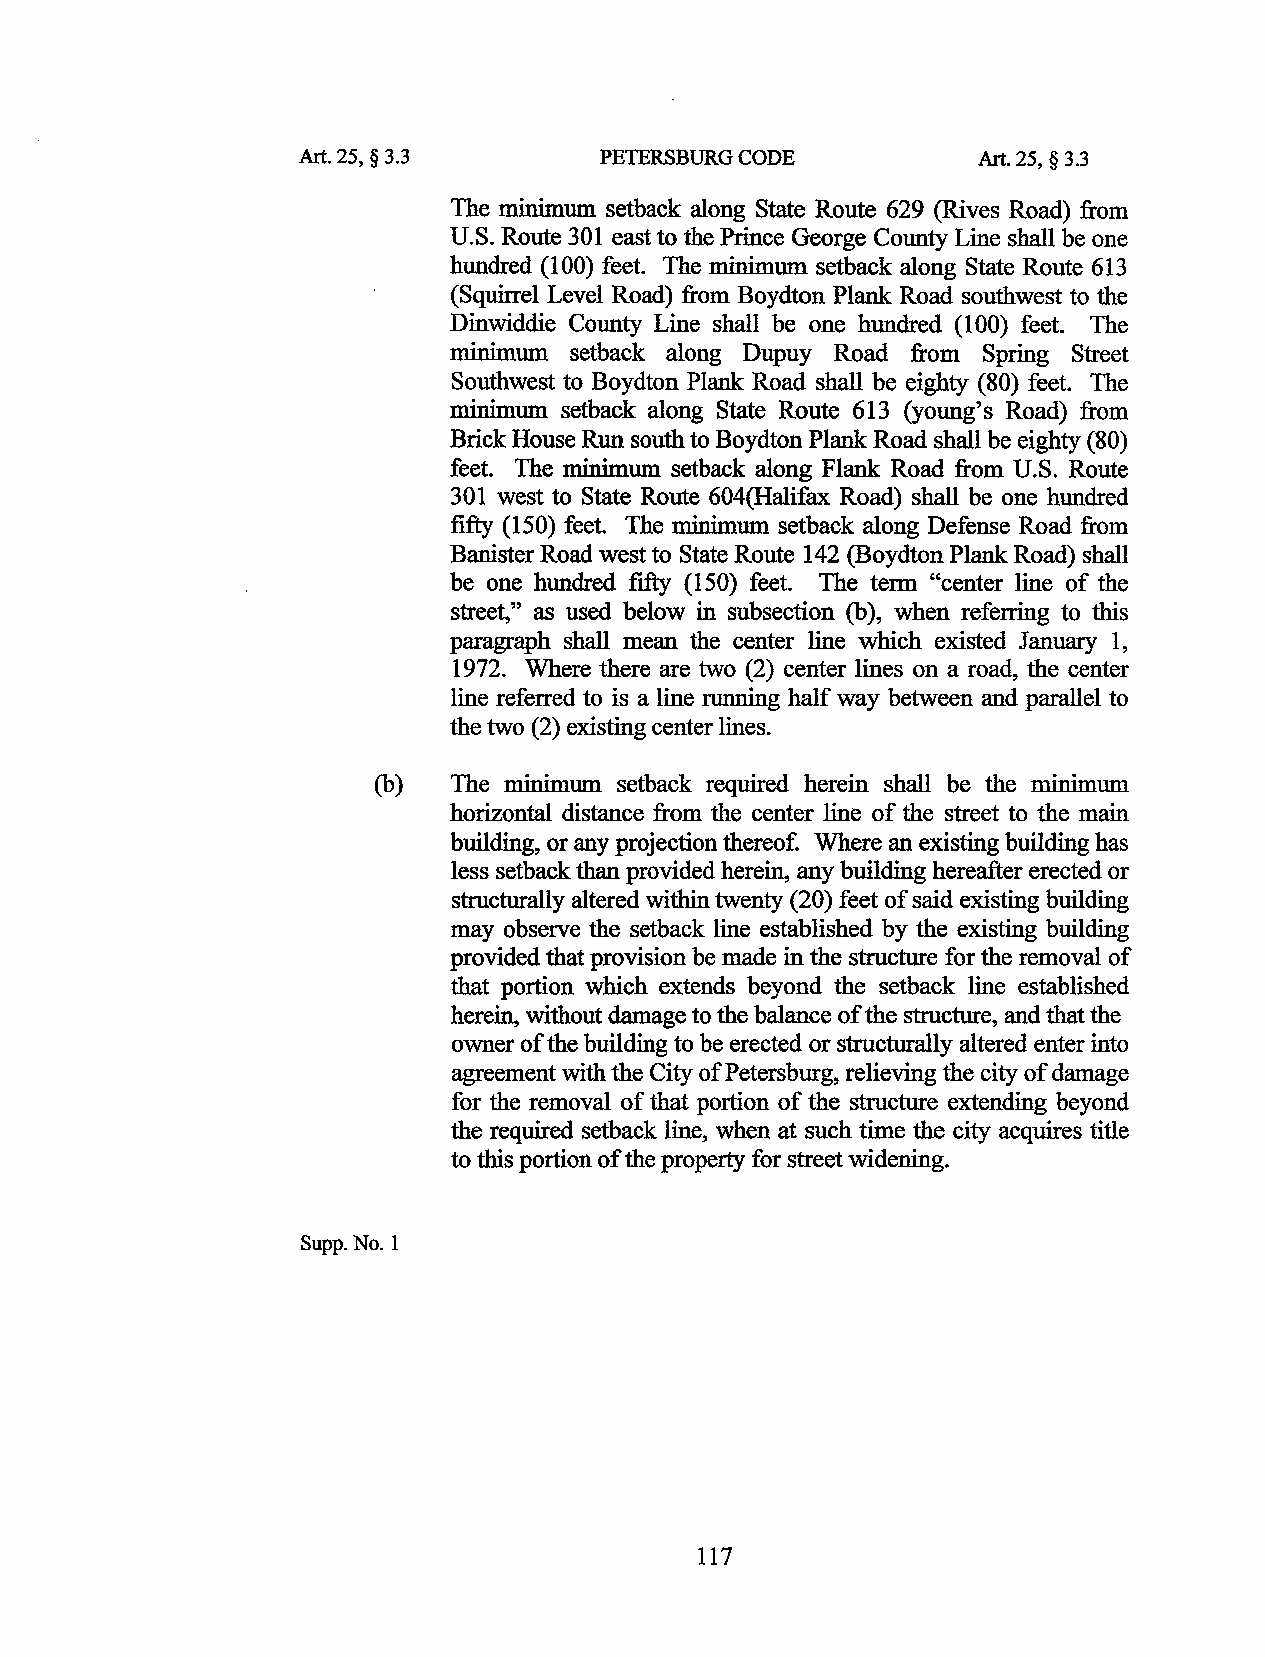
Art. 25, § 3.3      PETERSBURG CODE          Art. 25, § 3.3
 The minimum setback along State Route 629 (Rives Road) from
 U.S. Route 301 east to the Prince George County Line shall be one
 hundred (100) feet. The minimum setback along State Route 613
 (Squirrel Level Road) from Boydton Plank Road southwest to the
 Dinwiddie County Line shall be one hundred (100) feet. The
 minimum setback along Dupuy Road from Spring Street
 Southwest to Boydton Plank Road shall be eighty (80) feet. The
 minimum setback along State Route 613 (young's Road) from
 Brick House Run south to Boydton Plank Road shall be eighty (80)
 feet. The minimum setback along Flank Road from U.S. Route
 301 west to State Route 604(Halifax Road) shall be one hundred
 fifty (150) feet. The minimum setback along Defense Road from
 Banister Road west to State Route 142 (Boydton Plank Road) shall
 be one hundred fifty (150) feet. The term "center line of the
 street," as used below in subsection (b), when referring to this
 paragraph shall mean the center line which existed January 1,
 1972. Where there are two (2) center lines on a road, the center
 line referred to is a line running half way between and parallel to
 the two (2) existing center lines.
 (b)  The minimum setback required herein shall be the minimum
 horizontal distance from the center line of the street to the main
 building, or any projection thereof. Where an existing building has
 less setback than provided herein, any building hereafter erected or
 structurally altered within twenty (20) feet of said existing building
 may observe the setback line established by the existing building
 provided that provision be made in the structure for the removal of
 that portion which extends beyond the setback line established
 herein, without damage to the balance of the structure, and that the
 owner of the building to be erected or structurally altered enter into
 agreement with the City of Petersburg, relieving the city of damage
 for the removal of that portion of the structure extending beyond
 the required setback line, when at such time the city acquires title
 to this portion of the property for street widening.
 Supp.No.l
 117